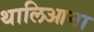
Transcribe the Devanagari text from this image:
थालिआना